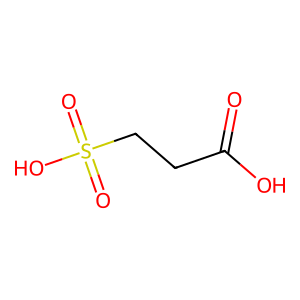
SMILES: O=C(O)CCS(=O)(=O)O
Inhibits HIV replication: No